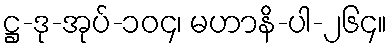
ဋ္ဌ-ဒု-အုပ်-၁၀၄၊ မဟာနိ-ပါ-၂၆၄။